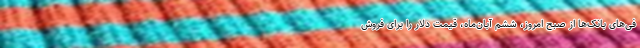
فی‌های بانک‌ها از صبح امروز، ششم آبان‌ماه، قیمت دلار را برای فروش